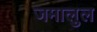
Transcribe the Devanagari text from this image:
जमालुल